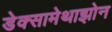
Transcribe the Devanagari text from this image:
डेक्सामेथाझोन